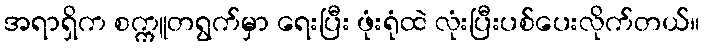
အရာရှိက စက္ကူတရွက်မှာ ရေးပြီး ဖုံးရုံထဲ လုံးပြီးပစ်ပေးလိုက်တယ်။